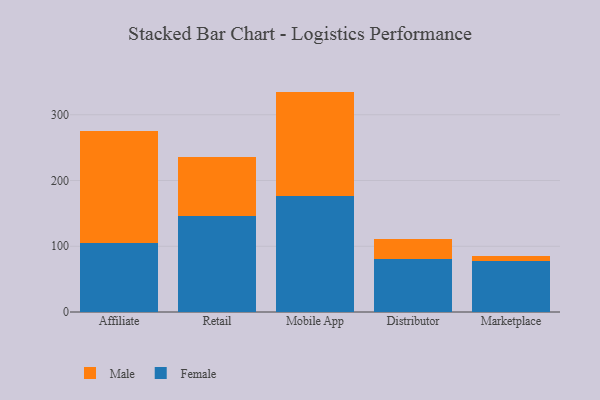
{"axis": {"x": "Channel", "y": "Temperature (°C)"}, "legend": ["Female", "Male"], "data": [{"x": "Affiliate", "y": 105.1, "type": "Female"}, {"x": "Affiliate", "y": 169.7, "type": "Male"}, {"x": "Retail", "y": 146.2, "type": "Female"}, {"x": "Retail", "y": 89.6, "type": "Male"}, {"x": "Mobile App", "y": 176.1, "type": "Female"}, {"x": "Mobile App", "y": 159.1, "type": "Male"}, {"x": "Distributor", "y": 80.8, "type": "Female"}, {"x": "Distributor", "y": 29.7, "type": "Male"}, {"x": "Marketplace", "y": 78.1, "type": "Female"}, {"x": "Marketplace", "y": 6.4, "type": "Male"}]}